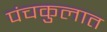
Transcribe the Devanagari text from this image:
पंचकुलात